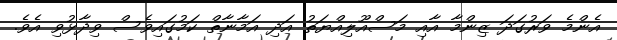
އެންމެ ވަރުގަދަ ޒިންމާ އާއި މަސްއޫލިއްޔަތު އަދި އަމާނާތް ކަމުގައިވެސް ވިދާޅުވި އެވެ.